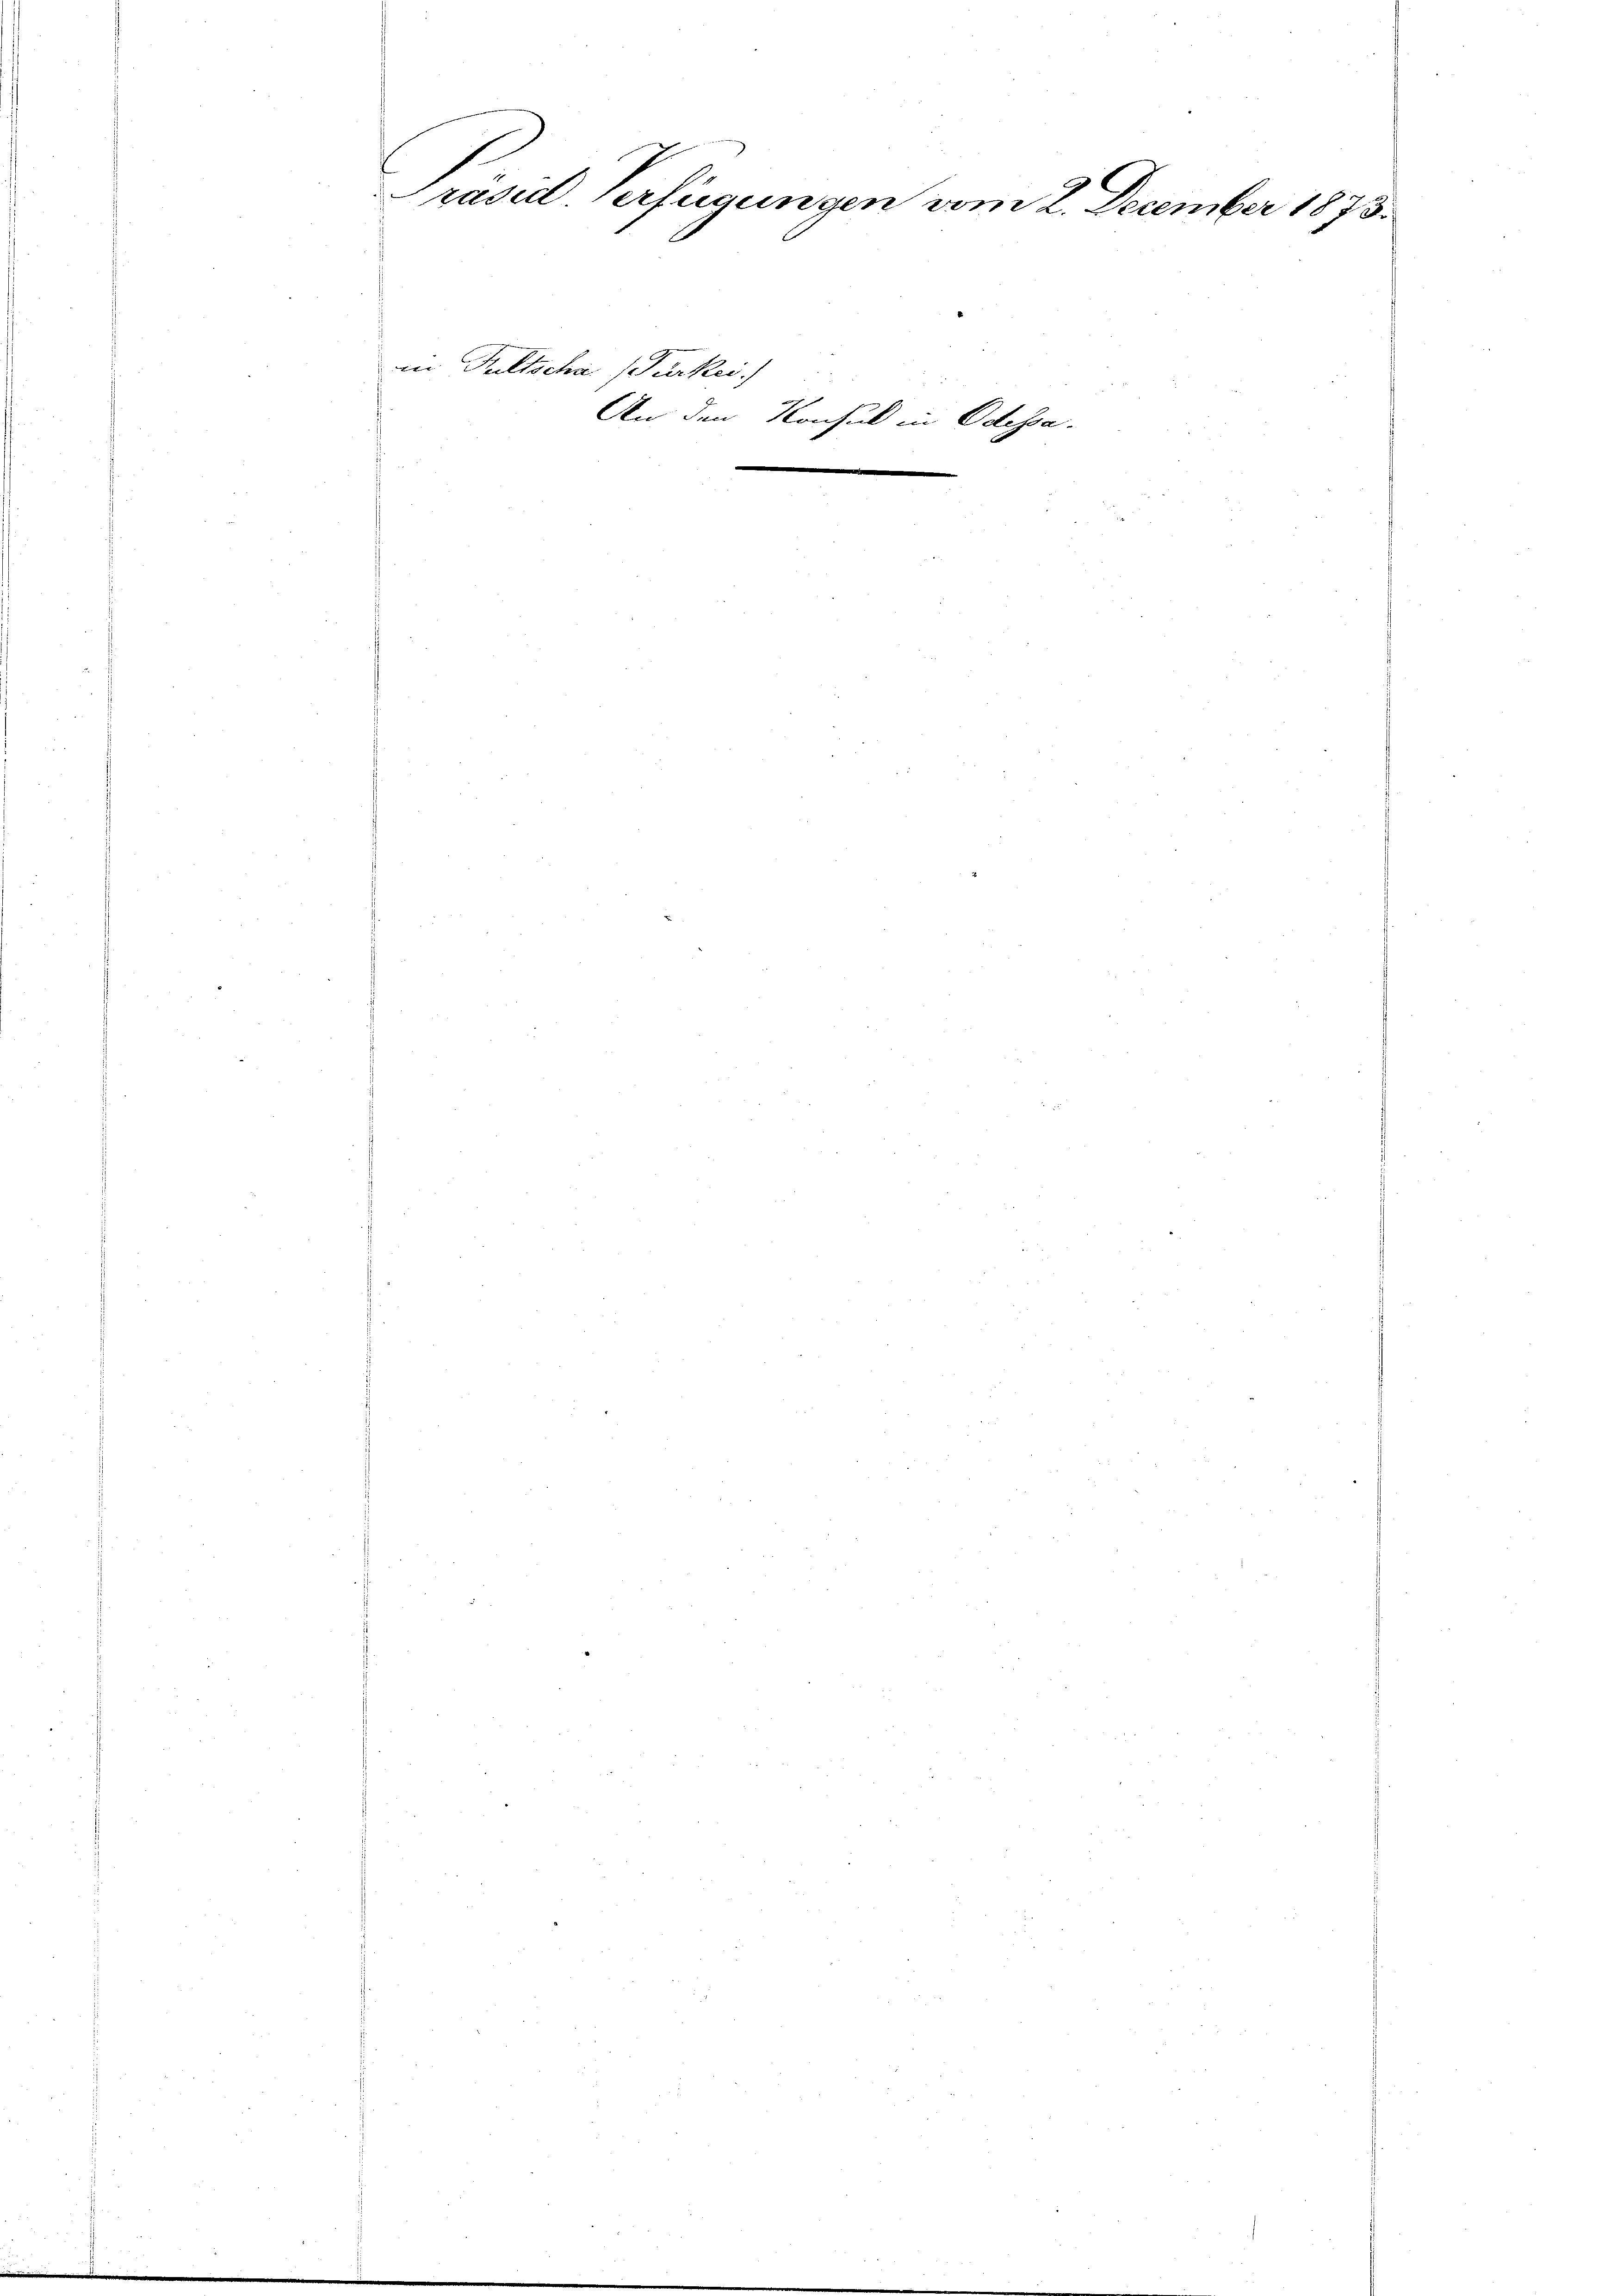
g
Präsid. Verfügungen vom 2. December 1873.

in Pultscha (Parkei

ar
An den
Konsul-
e

in Odessa
e